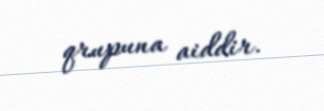
qrupuna aiddir.